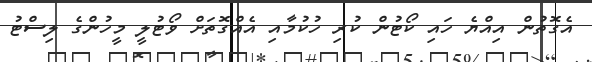
އެގޮތުން އިއްޔެ ހައި ކޯޓުން ކުރި ހުކުމާއި އެއްގޮތަށް ވޯޓުލީ މީހުންގެ ލިސްޓު